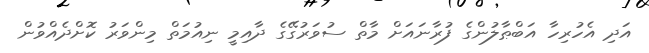
އަދި އެހުރިހާ އަބްޠާލުންގެ ފުރާނައަށް މާތް ސުވަރުގޭގެ ދާއިމީ ނިއުމަތް މިންވަރު ކޮށްދެއްވުން